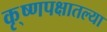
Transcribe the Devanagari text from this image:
कृ्ष्णपक्षातल्या